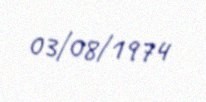
03/08/1974